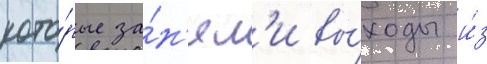
кото́рые за́н'ял'и вы́ходы и́з